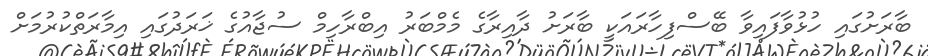
ބާރަށުގައި ހުޅުވާފައިވާ ބޭސްފިހާރައަކީ ބާރަށު ދާއިރާގެ މެމްބަރު އިބްރާހިމް ސުޖާއުގެ ޚަރަދުގައި އިމާރަތްކުރުމަށް